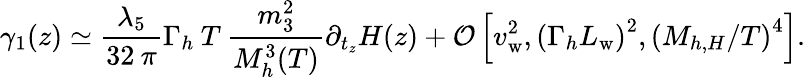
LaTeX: \gamma_{1}(z)\simeq\frac{\lambda_{5}}{32\: \pi}\Gamma_{h}\: T\: \frac{m_{3}^{2}}{M_{h}^{3}(T)}\partial_{t_{z}}H(z)+{\cal O}\left[v_{\mathrm{w}}^{2},\left(\Gamma_{h}L_{\mathrm{w}}\right)^{2},\left(M_{h,H}/T\right)^{4}\right].